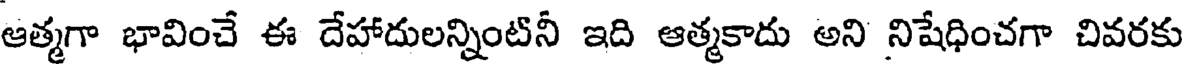
ఆత్మగా భావించే ఈ దేహాదులన్నింటినీ ఇది ఆత్మకాదు అని నిషేధించగా చివరకు